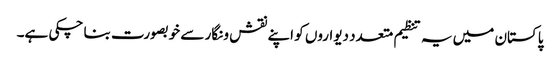
پاکستان میں یہ تنظیم متعدد دیواروں کو اپنے نقش و نگار سے خوبصورت بنا چکی ہے۔